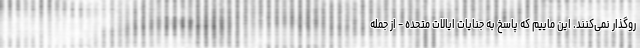
روگذار نمی‌کنند. این ماییم که پاسخ به جنایات ایالات متحده - از جمله